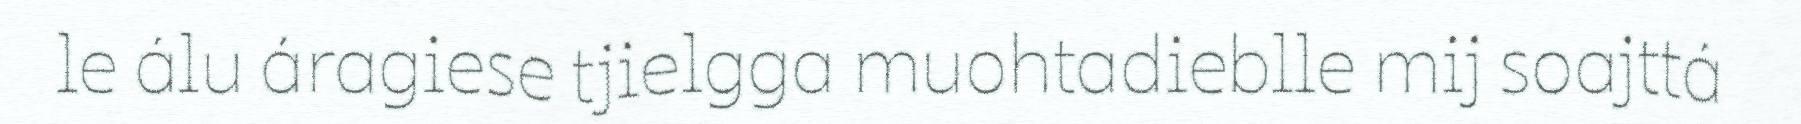
le álu áragiese tjielgga muohtadieblle mij soajttá